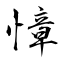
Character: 慞